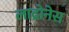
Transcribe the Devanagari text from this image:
लाद्रोनेस